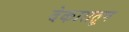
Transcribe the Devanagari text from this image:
देकारातून